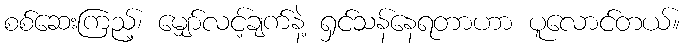
စစ်ဆေးကြည့်၊ မျှော်လင့်ချက်နဲ့ ရှင်သန်နေရတာဟာ ပူလောင်တယ်။